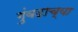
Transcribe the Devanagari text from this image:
गुंबदाच्या